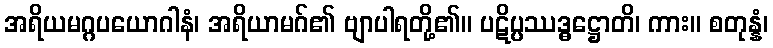
အရိယမဂ္ဂပယောဂါနံ၊ အရိယာမဂ်၏ ဗျာပါရတို့၏။ ပဋိပ္ပဿဒ္ဓဋ္ဌောတိ၊ ကား။ စတုန္နံ၊